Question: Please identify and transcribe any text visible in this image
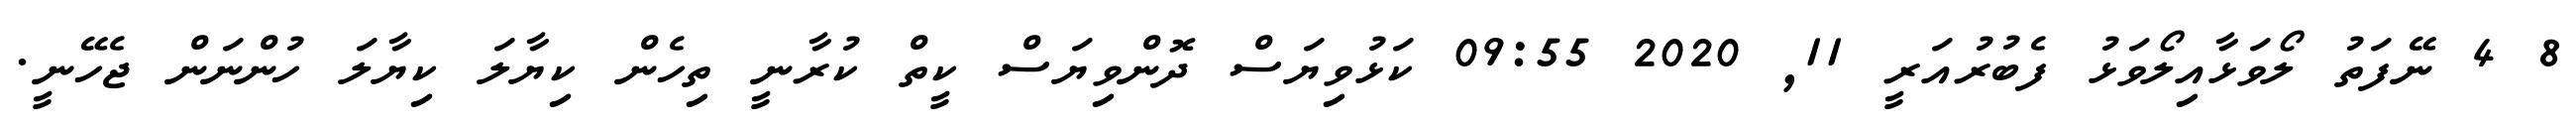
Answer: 8 4 ނޭފަތު ލޯވަޅާއިލޯވަޅު ފެބުރުއަރީ 11, 2020 09:55 ކަޅުވިޔަސް ދޮންވިޔަސް ކީތް ކުރާނީ ތިހެން ކިޔާލަ ކިޔާލަ ހުންނަން ޖެހޭނީ.